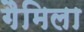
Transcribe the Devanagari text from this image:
गैमिला